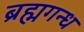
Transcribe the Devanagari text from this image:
ब्रह्मगन्ध